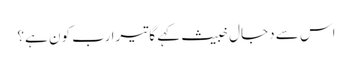
اس سے دجال خبیث کہے گا تیرا رب کون ہے؟